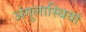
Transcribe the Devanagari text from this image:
अंगुलास्थियां